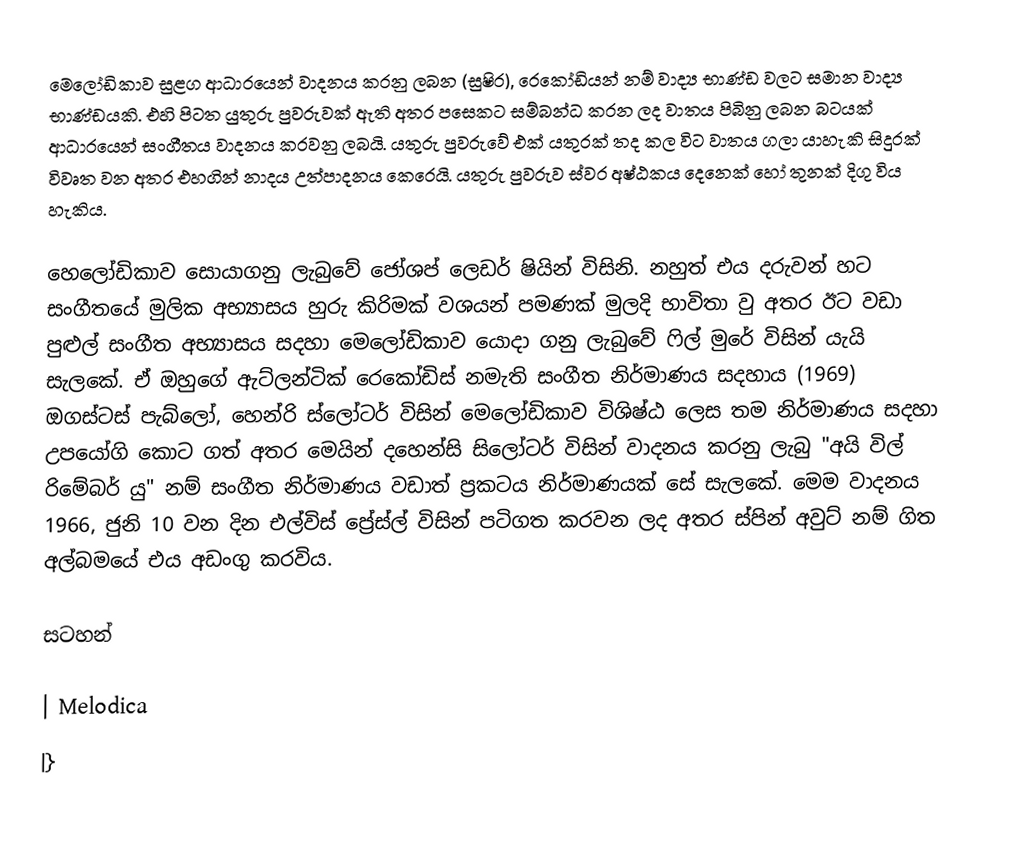
මෙලෝඩිකාව සුළග ආධාරයෙන් වාදනය කරනු ලබන (සුෂිර), රෙකෝඩියන් නම් වාද්‍ය භාණ්ඩ වලට සමාන වාද්‍ය භාණ්ඩයකි. එහි පිටත යුතුරු පුවරුවක් ඇති අතර පසෙකට සම්බන්ධ කරන ලද වාතය පිබිනු ලබන බටයක් ආධාරයෙන් සංගීතය වාදනය කරවනු ලබයි. යතුරු පුවරුවේ එක් යතුරක් තද කල විට වාතය ගලා යාහැකි සිදුරක් විවෘත වන අතර එහගින් නාදය උත්පාදනය කෙරෙයි. යතුරු පුවරුව ස්වර අෂ්ඨකය දෙනෙක් හෝ තුනක් දිගු විය හැකිය.

හෙලෝඩිකාව සොයාගනු ලැබුවේ ජෝශප් ලෙඩර් ෂියින් විසිනි. නහුත් එය දරුවන් හට සංගීතයේ මුලික අභ්‍යාසය හුරු කිරිමක් වශයන් පමණක් මුලදි භාවිතා වු අතර ඊට වඩා පුළුල් සංගීත අභ්‍යාසය සදහා මෙලෝඩිකාව යොදා ගනු ලැබුවේ ෆිල් මුරේ විසින් යැයි සැලකේ. ඒ ඔහුගේ ඇට්ලන්ටික් රෙකෝඩිස් නමැති සංගීත නිර්මාණය සදහාය (1969) ඔගස්ටස් පැබ්ලෝ, හෙන්රි ස්ලෝටර් විසින් මෙලෝඩිකාව විශිෂ්ඨ ලෙස තම නිර්මාණය සදහා උපයෝගි කොට ගත් අතර මෙයින් දහෙන්සි සිලෝටර් විසින් වාදනය කරනු ලැබු "අයි විල් රිමේබර් යු" නම් සංගීත නිර්මාණය වඩාත් ප්‍රකටය නිර්මාණයක් සේ සැලකේ. මෙම වාදනය 1966, ජුනි 10 වන දින එල්විස් ප්‍රේස්ල් විසින් පටිගත කරවන ලද අතර ස්පින් අවුට් නම් ගිත අල්බමයේ එය අඩංගු කරවිය.

සටහන්

| Melodica
|}